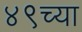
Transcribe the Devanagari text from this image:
४९च्या